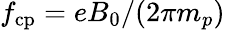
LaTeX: f_{\mathrm{cp}}=eB_{0}/(2\pi m_{p})